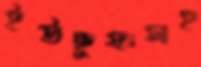
ইউছুফসহ